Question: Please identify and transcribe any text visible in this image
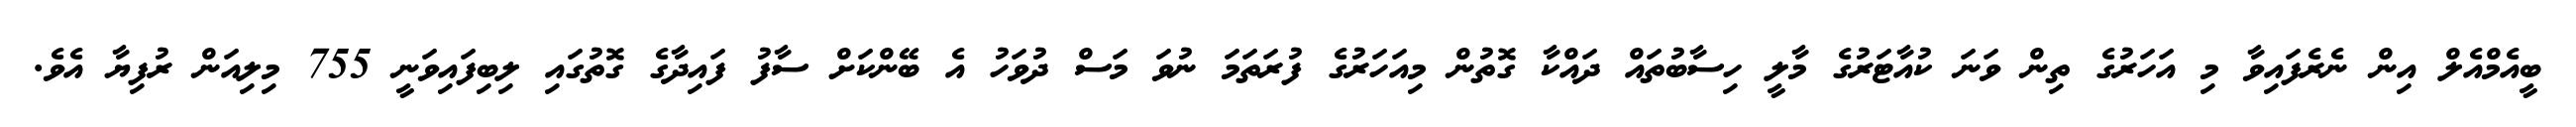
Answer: ބީއެމްއެލް އިން ނެރެފައިވާ މި އަހަރުގެ ތިން ވަނަ ކުއާޓަރުގެ މާލީ ހިސާބުތައް ދައްކާ ގޮތުން މިއަހަރުގެ ފުރަތަމަ ނުވަ މަސް ދުވަހު އެ ބޭންކަށް ސާފު ފައިދާގެ ގޮތުގައި ލިބިފައިވަނީ 755 މިލިއަން ރުފިޔާ އެވެ.